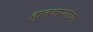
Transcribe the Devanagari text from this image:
हातवाऱ्यांच्या